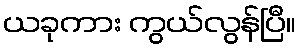
ယခုကား ကွယ်လွန်ပြီ။